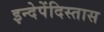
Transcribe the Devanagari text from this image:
इन्देपेंदिस्तास